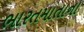
ભારતમાતાના